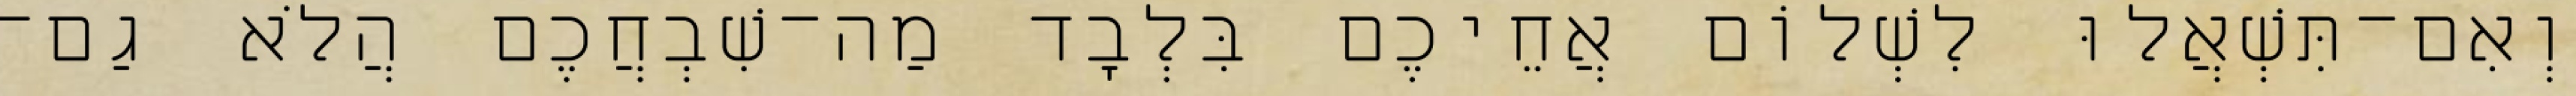
וְאִם־תִּשְׁאֲלוּ לִשְׁלוֹם אֲחֵיכֶם בִּלְבָד מַה־שִׁבְחֲכֶם הֲלֹא גַם־